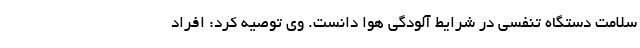
سلامت دستگاه تنفسی در شرایط آلودگی هوا دانست. وی توصیه کرد: افراد